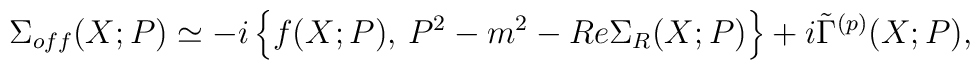
\Sigma_{off} (X; P) \simeq - i \left\{ f(X; P), \, P^2 - m^2 - Re \Sigma_R (X; P) \right\} + i \tilde{\Gamma}^{(p)} (X; P) ,